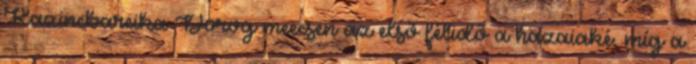
Kazincbarcika–Dorog meccsen az első félidő a hazaiaké, míg a